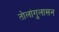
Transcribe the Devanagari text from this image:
तोलांगुलासन